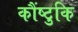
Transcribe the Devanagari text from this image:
कौंष्टुकि